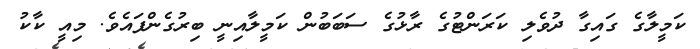
ކަމީލާގެ ގައިގާ ދުވެލި ކަރަންޓުގެ ރާޅުގެ ސަބަބުން ކަމީލާއިނީ ބިރުގެންފައެވެ. މިއީ ކާކު